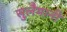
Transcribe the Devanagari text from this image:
सुलैमानी